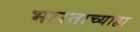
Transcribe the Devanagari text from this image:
भारताच्याहा